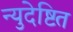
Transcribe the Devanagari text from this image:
न्युदेष्टित